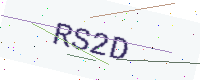
Text: RS2D